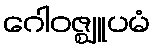
ဂေါဝဇ္ဈူပမံ